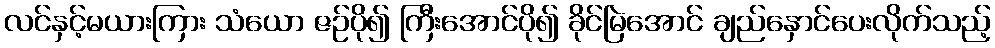
လင်နှင့်မယားကြား သံယော ဇဉ်ပို၍ ကြီးအောင်ပို၍ ခိုင်မြဲအောင် ချည်နှောင်ပေးလိုက်သည့်